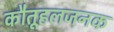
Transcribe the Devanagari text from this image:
कौतूहलजनक